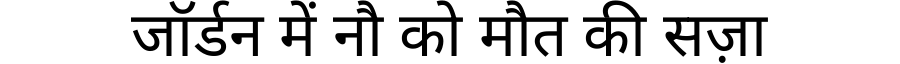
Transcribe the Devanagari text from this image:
जॉर्डन में नौ को मौत की सज़ा